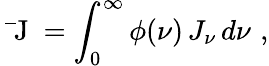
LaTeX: \mathrm{~\bar{~}J~}=\int_{0}^{\infty}\phi(\nu)\, J_{\nu}\, d\nu\, \, ,